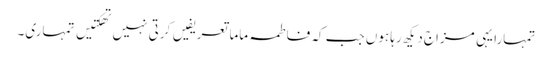
تمہارا یہی مزاج دیکھ رہا ہوں جب کہ فاطمہ ماما تعریفیں کرتی نہیں تھکتیں تمہاری۔